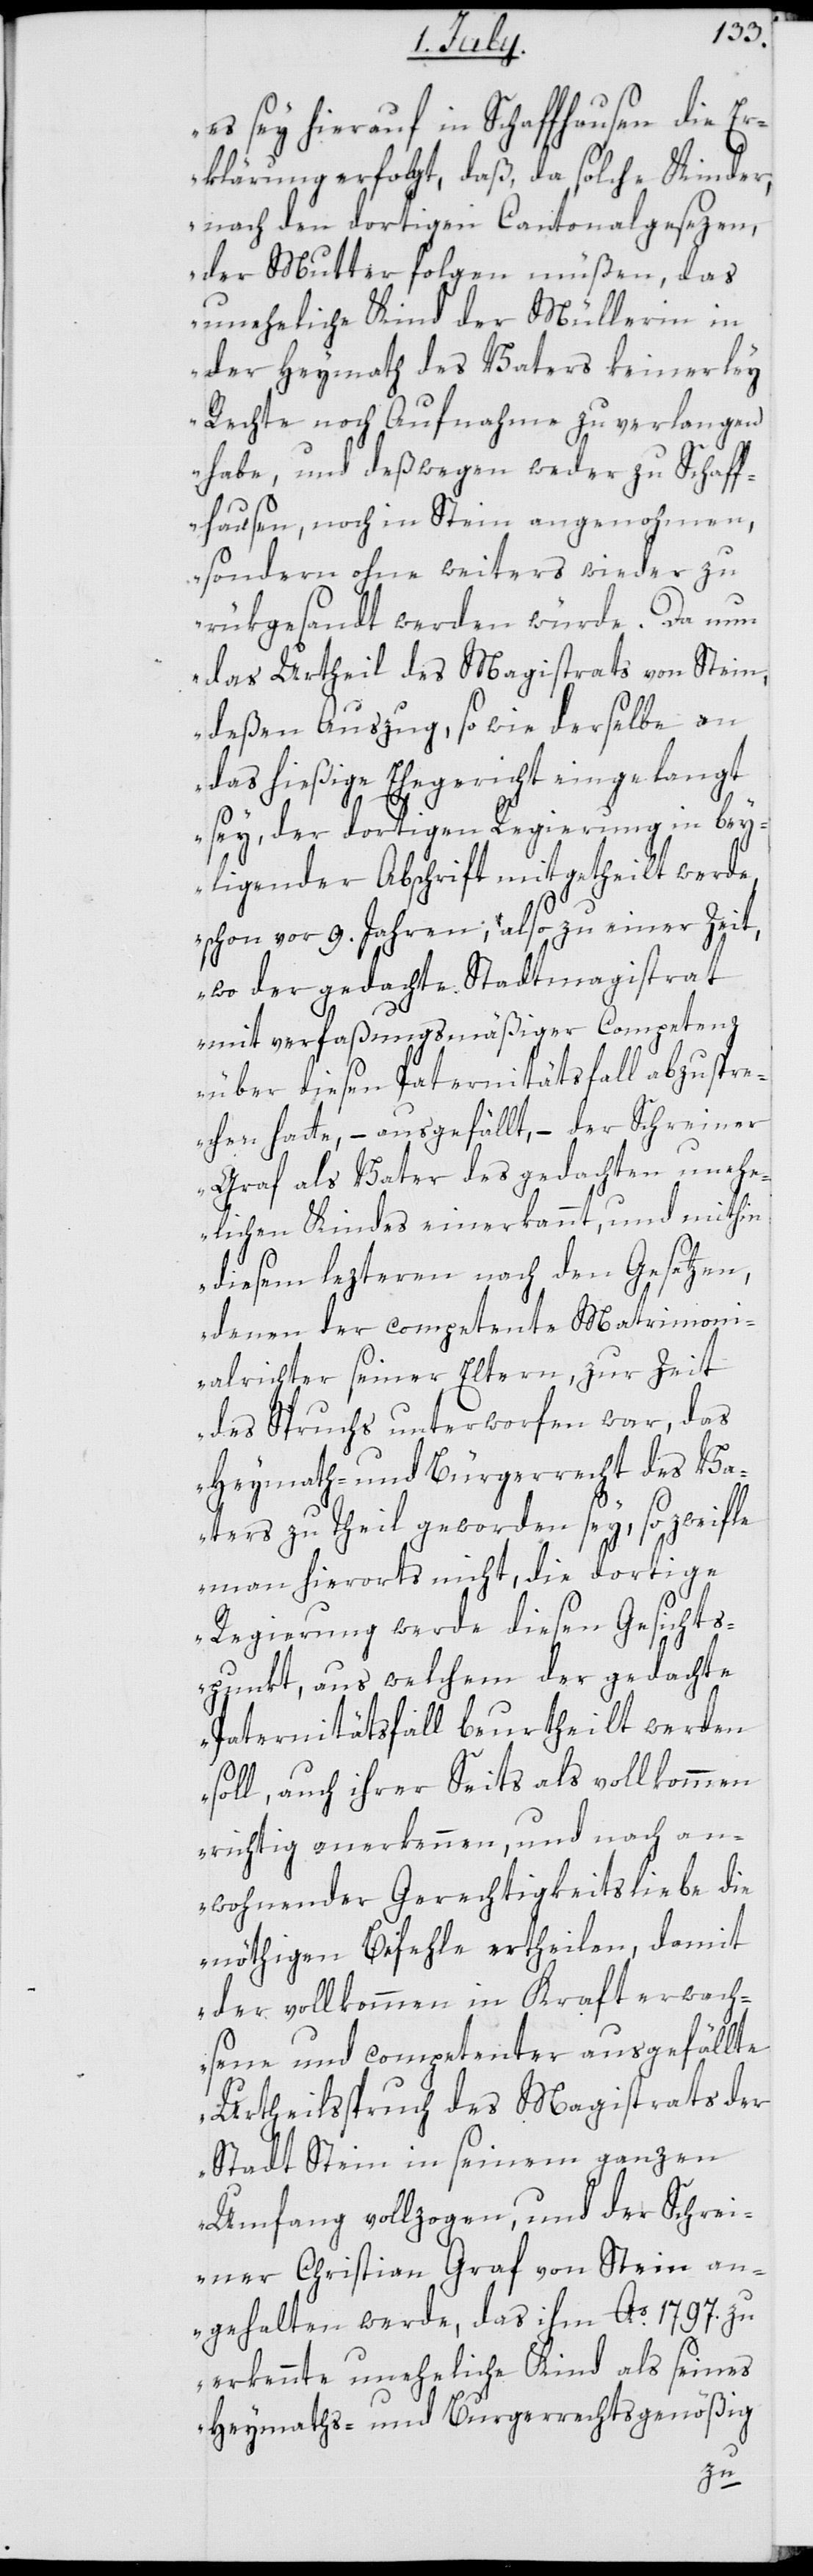
es sey hierauf in Schaffhausen die Er¬
klärung erfolgt, daß, da solche Kinder
nach den dortigen Cantonalgesezen
der Mutter folgen müßen, das
uneheliche Kind der Müllerin in
der Heymath des Vaters keinerley
Rechte noch Aufnahme zu verlangen
habe, und deßwegen weder zu Schaff¬
hausen, noch in Stein angenohmen,
sondern ohne weiters wieder zu¬
rükgesandt werden würde. Da nun
das Urtheil des Magistrats von Stein,
deßen Auszug, sowie derselbe an
das hießige Ehegericht eingelangt
sey, der dortigen Regierung in bey¬
liegender Abschrift mitgetheilt werde,
schon vor 9. Jahren, also zu einer Zeit,
wo der gedachte Stadtmagistrat
mit verfaßungsmäßiger Competenz
über diesen Paternitätsfall abzuspr¬
echen hatte, – ausgefällt, – der Schreiner
Graf als Vater des gedachten uneh¬
lichen Kindes einerkannt, und mithin
diesem lezteren nach den Gesetzen,
denen der competente Matrimoni¬
alrichter seiner Eltern, zur Zeit
des Spruchs unterworfen war, das
Heymath- und Bürgerrecht des Va¬
ters zu Theil geworden sey, so zweifle
man hierorts nicht, die dortige
Regierung werde diesen Gesichts¬
punkt, aus welchem der gedachte
Paternitätsfall beurtheilt werden
soll, auch ihrer Seits als vollkommen
richtig anerkennen, und nach an¬
wohnender Gerechtigkeitsliebe die
nöthigen Befehle ertheilen, damit
der vollkommen in Kraft erwach¬
sene und competenter ausgefällte
Urtheilsspruch des Magistrats der
Stadt Stein in seinem ganzen
Umfang vollzogen, und der Schrei¬
ner Christian Graf von Stein an¬
gehalten werde, das ihm Ao. 1797. zu
erkennte uneheliche Kind als seines
Heymaths- und Burgerrechtsgenößig